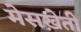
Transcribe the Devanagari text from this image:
मेसख़ेती